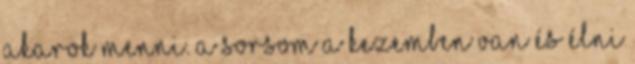
akarok menni. A sorsom a kezemben van és élni